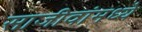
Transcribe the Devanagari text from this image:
साजीवांमध्ये